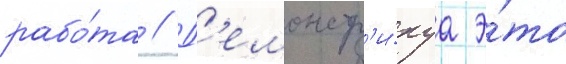
рабо́та // Д'емонстр'и́руа э́то